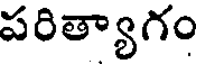
పరిత్యాగం